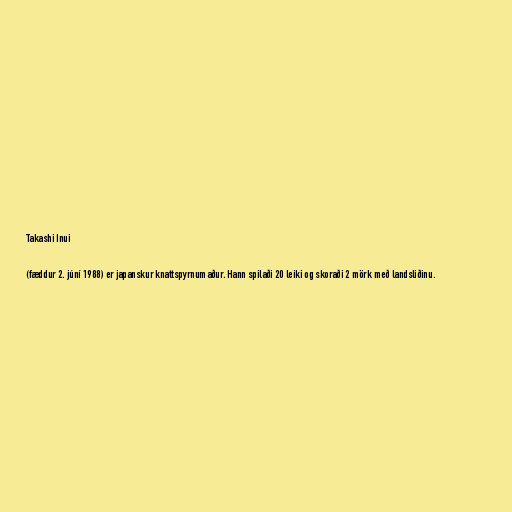
Takashi Inui

(fæddur 2. júní 1988) er japanskur knattspyrnumaður. Hann spilaði 20 leiki og skoraði 2 mörk með landsliðinu.